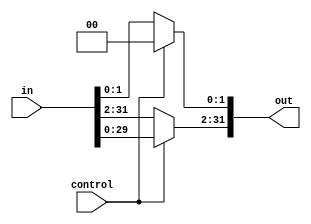
module shift_log_left_2(out, in, control);
    input [31:0] in;
    input control;
    output [31:0] out;

    assign out[1:0] = control ? 2'b00 : in[1:0];
    assign out[31:2] = control ? in[29:0] : in[31:2];
endmodule